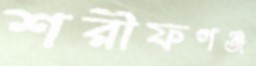
শরীফগঞ্জ